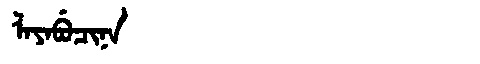
Manchu: ᠯᠠᠶᠠᠪᡠᠴᡳᠨᠠ
Romanization: LAYABUCINA